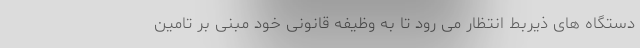
دستگاه های ذیربط انتظار می رود تا به وظیفه قانونی خود مبنی بر تامین